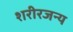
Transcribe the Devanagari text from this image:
शरीरजन्य